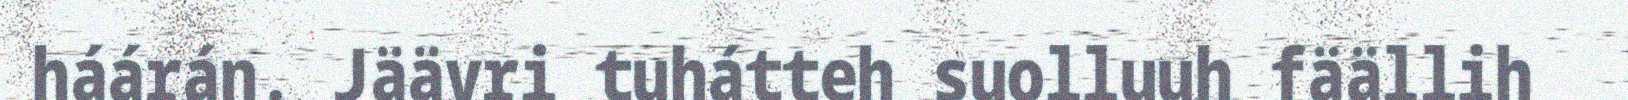
háárán. Jäävri tuhátteh suolluuh fäällih